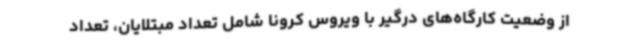
از وضعیت کارگاه‌های درگیر با ویروس کرونا شامل تعداد مبتلایان، تعداد